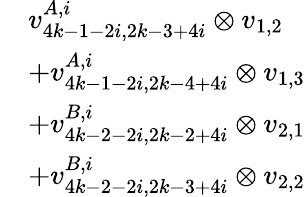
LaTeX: \begin{array}{rl}&{v_{4k-1-2i,2k-3+4i}^{A,i}\otimes v_{1,2}}\\ &{+v_{4k-1-2i,2k-4+4i}^{A,i}\otimes v_{1,3}}\\ &{+v_{4k-2-2i,2k-2+4i}^{B,i}\otimes v_{2,1}}\\ &{+v_{4k-2-2i,2k-3+4i}^{B,i}\otimes v_{2,2}}\end{array}